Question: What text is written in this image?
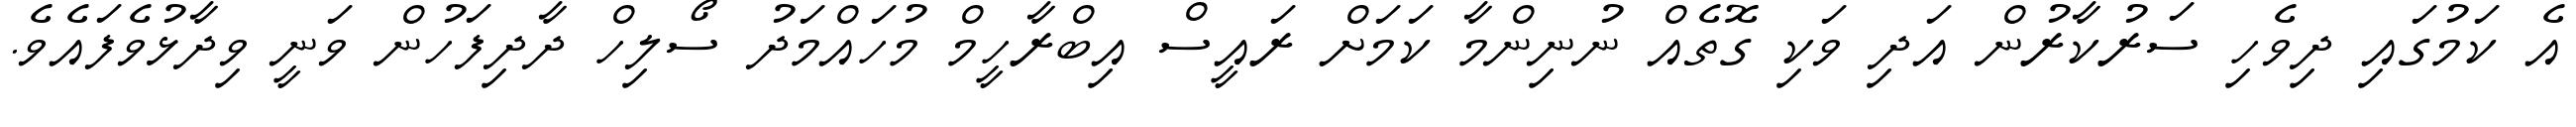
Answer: އެ ކަމުގައި ދިވެހި ސަރުކާރުން އަދި ވަކި ގޮތެއް ނުނިންމާ ކަމަށް ރައީސް އިބްރާހީމް މުހައްމަދު ސޯލިހް ދާދިފަހުން ވަނީ ވިދާޅުވެފައެވެ.